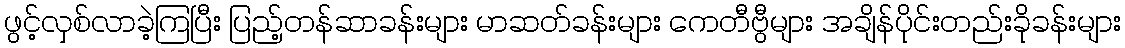
ဖွင့်လှစ်လာခဲ့ကြပြီး ပြည့်တန်ဆာခန်းများ မာဆတ်ခန်းများ ကေတီဗွီများ အချိန်ပိုင်းတည်းခိုခန်းများ